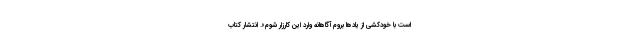
است با خودکشی از یادها بروم آگاهانه وارد این کارزار شوم». انتشار کتاب